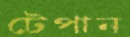
টেপান